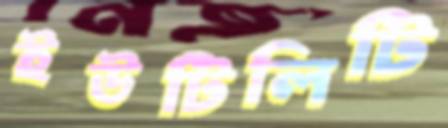
ইউটিলিটি